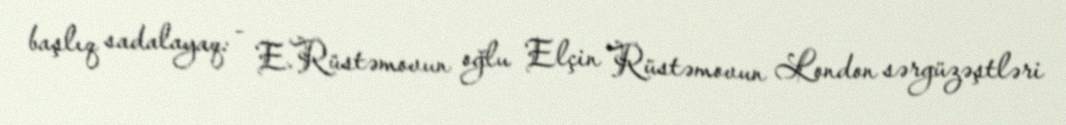
başlıq sadalayaq: - E.Rüstəmovun oğlu Elçin Rüstəmovun London sərgüzəştləri